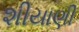
શીયાણી